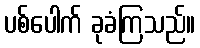
ပစ်ပေါက် ခုခံကြသည်။